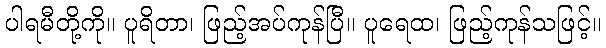
ပါရမီတို့ကို။ ပူရိတာ၊ ဖြည့်အပ်ကုန်ပြီ။ ပူရေထ၊ ဖြည့်ကုန်သဖြင့်။